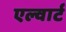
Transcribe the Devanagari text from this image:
एल्वार्ट